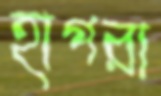
হাপরা